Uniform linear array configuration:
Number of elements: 16
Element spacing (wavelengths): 0.25
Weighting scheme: hamming
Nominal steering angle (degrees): -60
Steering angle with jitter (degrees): -59.705
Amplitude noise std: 0.05
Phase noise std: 0.05

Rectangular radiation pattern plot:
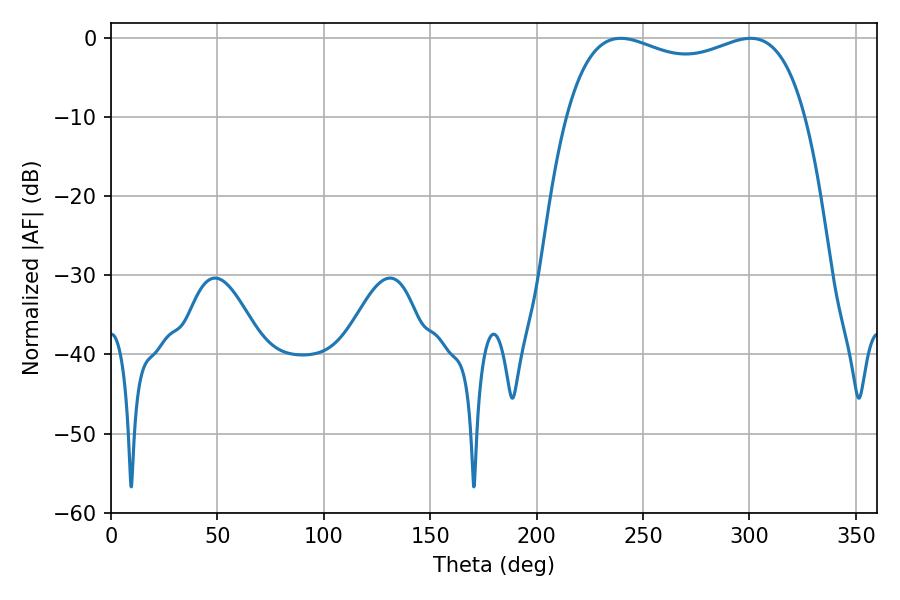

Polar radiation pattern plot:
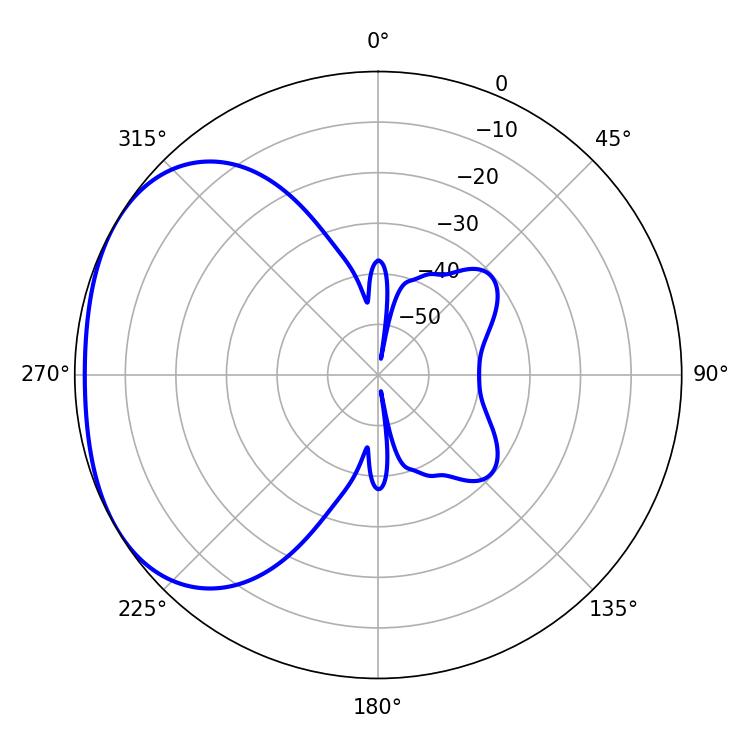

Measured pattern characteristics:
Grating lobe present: FALSE
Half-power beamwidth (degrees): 92.16
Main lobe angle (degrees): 239.58